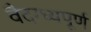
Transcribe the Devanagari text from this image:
वैदग्ध्यपूर्ण